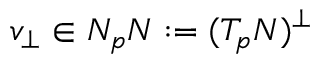
v _ { \perp } \in N _ { p } N : = ( T _ { p } N ) ^ { \perp }